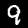
Label: 9